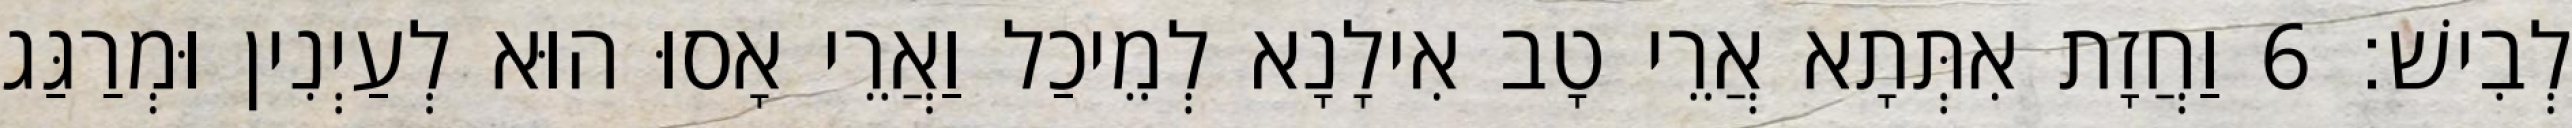
לְבִישׁ׃ 6 וַחֲזָת אִתְּתָא אֲרֵי טָב אִילָנָא לְמֵיכַל וַאֲרֵי אָסוּ הוּא לְעַיְנִין וּמְרַגַּג